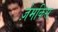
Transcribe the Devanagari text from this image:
ज़ेमकिस